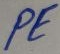
Text: PE